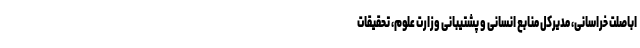
اباصلت خراسانی، مدیرکل منابع انسانی و پشتیبانی وزارت علوم، تحقیقات